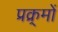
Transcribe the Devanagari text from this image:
प्रक्र्मों